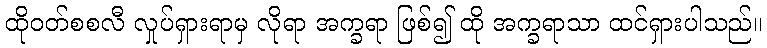
ထိုဝတ်စစလီ လှုပ်ရှားရာမှ လိုရာ အက္ခရာ ဖြစ်၍ ထို အက္ခရာသာ ထင်ရှားပါသည်။